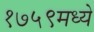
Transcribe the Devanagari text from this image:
१७५९मध्ये